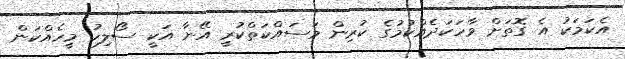
އެކަމަކު އެ ގޮތަށް ވާހަކަދެއްކުމުގެ ކުރިން މަސައްކަތްކުރީ އޭނާ އަކީ ސޯލިހު މީހެއްކަން